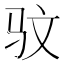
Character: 𫘜